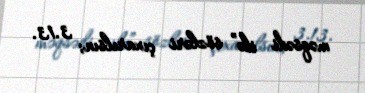
məqsədi ilə” sözləri çıxarılsın; 3.13.